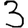
Digit: 3